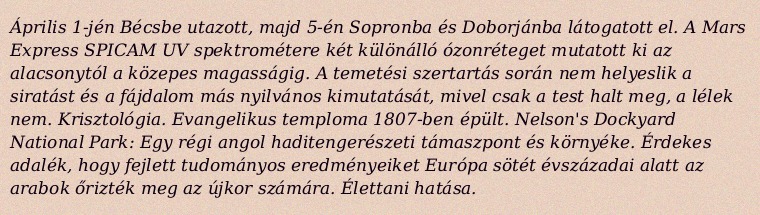
Április 1-jén Bécsbe utazott, majd 5-én Sopronba és Doborjánba látogatott el. A Mars Express SPICAM UV spektrométere két különálló ózonréteget mutatott ki az alacsonytól a közepes magasságig. A temetési szertartás során nem helyeslik a siratást és a fájdalom más nyilvános kimutatását, mivel csak a test halt meg, a lélek nem. Krisztológia. Evangelikus temploma 1807-ben épült. Nelson's Dockyard National Park: Egy régi angol haditengerészeti támaszpont és környéke. Érdekes adalék, hogy fejlett tudományos eredményeiket Európa sötét évszázadai alatt az arabok őrizték meg az újkor számára. Élettani hatása.